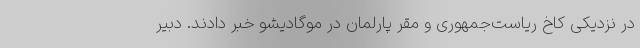
در نزدیکی کاخ ریاست‌جمهوری و مقر پارلمان در موگادیشو خبر دادند. دبیر